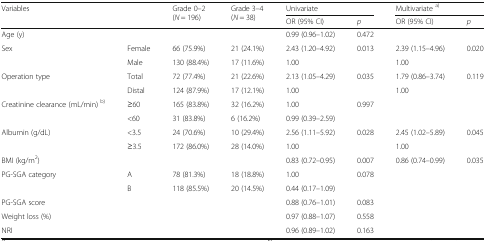
<table><thead><tr><td rowspan="2" colspan="2"><b>Variables</b></td><td rowspan="2"><b>Grade 0–2(<i>N</i> = 196)</b></td><td rowspan="2"><b>Grade 3–4(<i>N</i> = 38)</b></td><td colspan="2"><b>Univariate</b></td><td colspan="2"><b>Multivariate <sup>a)</sup></b></td></tr><tr><td><b>OR (95% CI)</b></td><td><b><i>p</i></b></td><td><b>OR (95% CI)</b></td><td><b><i>p</i></b></td></tr></thead><tbody><tr><td>Age (y)</td><td></td><td></td><td></td><td>0.99 (0.96–1.02)</td><td>0.472</td><td></td><td></td></tr><tr><td rowspan="2">Sex</td><td>Female</td><td>66 (75.9%)</td><td>21 (24.1%)</td><td>2.43 (1.20–4.92)</td><td rowspan="2">0.013</td><td>2.39 (1.15–4.96)</td><td rowspan="2">0.020</td></tr><tr><td>Male</td><td>130 (88.4%)</td><td>17 (11.6%)</td><td>1.00</td><td>1.00</td></tr><tr><td rowspan="2">Operation type</td><td>Total</td><td>72 (77.4%)</td><td>21 (22.6%)</td><td>2.13 (1.05–4.29)</td><td rowspan="2">0.035</td><td>1.79 (0.86–3.74)</td><td rowspan="2">0.119</td></tr><tr><td>Distal</td><td>124 (87.9%)</td><td>17 (12.1%)</td><td>1.00</td><td>1.00</td></tr><tr><td rowspan="2">Creatinine clearance (mL/min) <sup>b)</sup></td><td>≥60</td><td>165 (83.8%)</td><td>32 (16.2%)</td><td>1.00</td><td rowspan="2">0.997</td><td></td><td rowspan="2"></td></tr><tr><td>&lt;60</td><td>31 (83.8%)</td><td>6 (16.2%)</td><td>0.99 (0.39–2.59)</td><td></td></tr><tr><td rowspan="2">Albumin (g/dL)</td><td>&lt;3.5</td><td>24 (70.6%)</td><td>10 (29.4%)</td><td>2.56 (1.11–5.92)</td><td rowspan="2">0.028</td><td>2.45 (1.02–5.89)</td><td rowspan="2">0.045</td></tr><tr><td>≥3.5</td><td>172 (86.0%)</td><td>28 (14.0%)</td><td>1.00</td><td>1.00</td></tr><tr><td>BMI (kg/m<sup>2</sup>)</td><td></td><td></td><td></td><td>0.83 (0.72–0.95)</td><td>0.007</td><td>0.86 (0.74–0.99)</td><td>0.035</td></tr><tr><td rowspan="2">PG-SGA category</td><td>A</td><td>78 (81.3%)</td><td>18 (18.8%)</td><td>1.00</td><td rowspan="2">0.078</td><td rowspan="2"></td><td rowspan="2"></td></tr><tr><td>B</td><td>118 (85.5%)</td><td>20 (14.5%)</td><td>0.44 (0.17–1.09)</td></tr><tr><td>PG-SGA score</td><td></td><td></td><td></td><td>0.88 (0.76–1.01)</td><td>0.083</td><td></td><td></td></tr><tr><td>Weight loss (%)</td><td></td><td></td><td></td><td>0.97 (0.88–1.07)</td><td>0.558</td><td></td><td></td></tr><tr><td>NRI</td><td></td><td></td><td></td><td>0.96 (0.89–1.02)</td><td>0.163</td><td></td><td></td></tr></tbody></table>